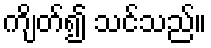
ကျိတ်၍ သင်သည်။